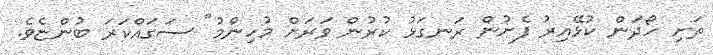
ތަށި ހޯދަން ކުޅޭއިރު ފެށުން ރަނގަޅު ކުރުން ވަރަށް މުހިންމު" ސަގައްކަރަ ބުންޏެވެ.